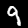
Digit: 9